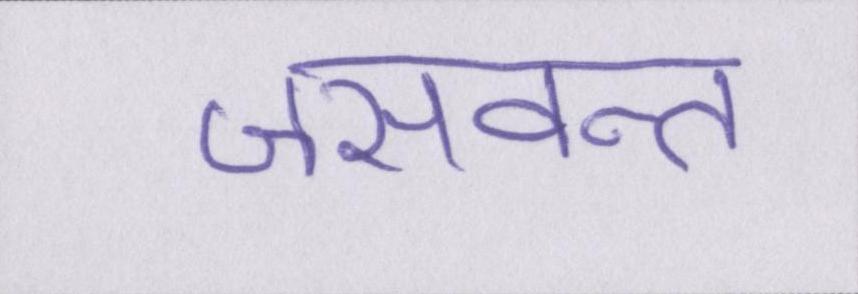
जसवन्त